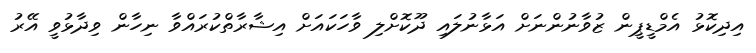
އިދިކޮޅު އެމްޑީޕީން ޒުވާނުންނަށް އަޅާނުލައި ދޫކޮށްލި ވާހަކައަށް އިޝާރާތްކުރައްވާ ނިހާން ވިދާޅުވީ އޭރު